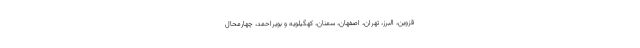
قزوین، البرز، تهران، اصفهان، سمنان، کهگیلویه و بویراحمد، چهارمحال